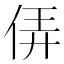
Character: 㑝